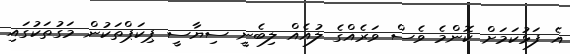
އެ ފަޅުކަމަށް ކޮންމެ ވެސް ވަރެއްގެ ލުއެއް ލިބެނީ ސިޔާސީ ޕިކަޕްތަކުން މަގުތަކުގައި